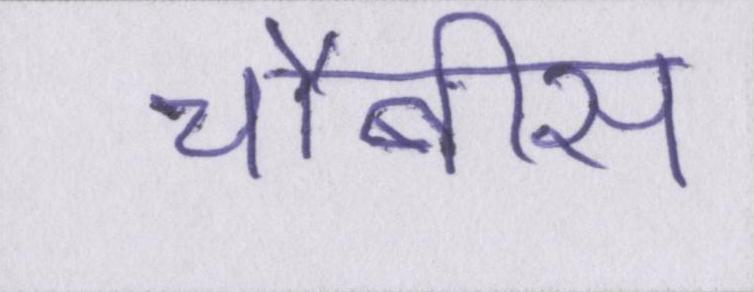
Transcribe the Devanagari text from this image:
चौबीस